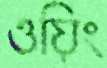
ওয়িং